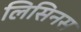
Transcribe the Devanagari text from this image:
लिसिनस